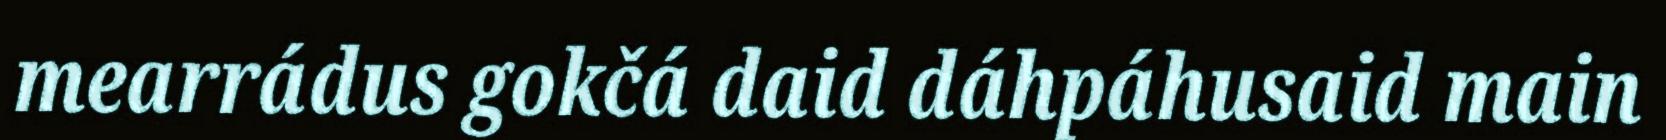
mearrádus gokčá daid dáhpáhusaid main